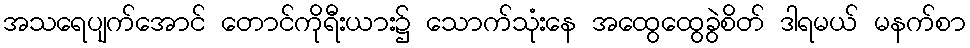
အသရေပျက်အောင် တောင်ကိုရီးယား၌ သောက်သုံးနေ အထွေထွေခွဲစိတ် ဒါရမယ် မနက်စာ